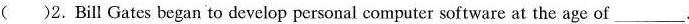
( )2.Bill Gates began to develop personal computer software at the age of ___.